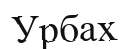
Урбах